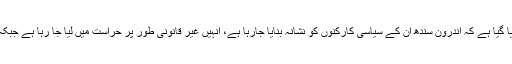
ان جماعتوں کی جانب سے الزام عائد کیا گیا ہے کہ اندرون ِسندھ ان کے سیاسی کارکنوں کو نشانہ بنایا جارہا ہے، انہیں غیر قانونی طور پر حراست میں لیا جا رہا ہے جبکہ بعض کارکنوں کو قتل بھی کر دیا گیا۔